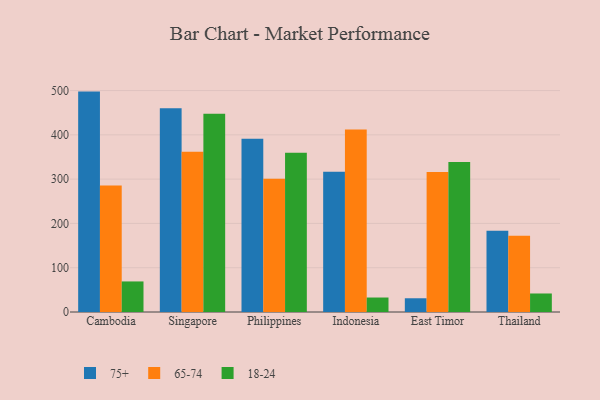
{"axis": {"x": "Country", "y": "Latency (ms)"}, "legend": ["18-24", "65-74", "75+"], "data": [{"x": "Cambodia", "y": 497.6, "type": "75+"}, {"x": "Cambodia", "y": 285.7, "type": "65-74"}, {"x": "Cambodia", "y": 69.0, "type": "18-24"}, {"x": "Singapore", "y": 460.0, "type": "75+"}, {"x": "Singapore", "y": 361.7, "type": "65-74"}, {"x": "Singapore", "y": 447.7, "type": "18-24"}, {"x": "Philippines", "y": 391.4, "type": "75+"}, {"x": "Philippines", "y": 300.6, "type": "65-74"}, {"x": "Philippines", "y": 359.3, "type": "18-24"}, {"x": "Indonesia", "y": 316.8, "type": "75+"}, {"x": "Indonesia", "y": 411.8, "type": "65-74"}, {"x": "Indonesia", "y": 32.7, "type": "18-24"}, {"x": "East Timor", "y": 31.0, "type": "75+"}, {"x": "East Timor", "y": 316.1, "type": "65-74"}, {"x": "East Timor", "y": 338.4, "type": "18-24"}, {"x": "Thailand", "y": 183.7, "type": "75+"}, {"x": "Thailand", "y": 172.3, "type": "65-74"}, {"x": "Thailand", "y": 41.8, "type": "18-24"}]}